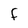
Character: F